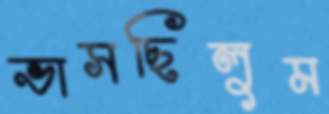
ভাসছিলুম